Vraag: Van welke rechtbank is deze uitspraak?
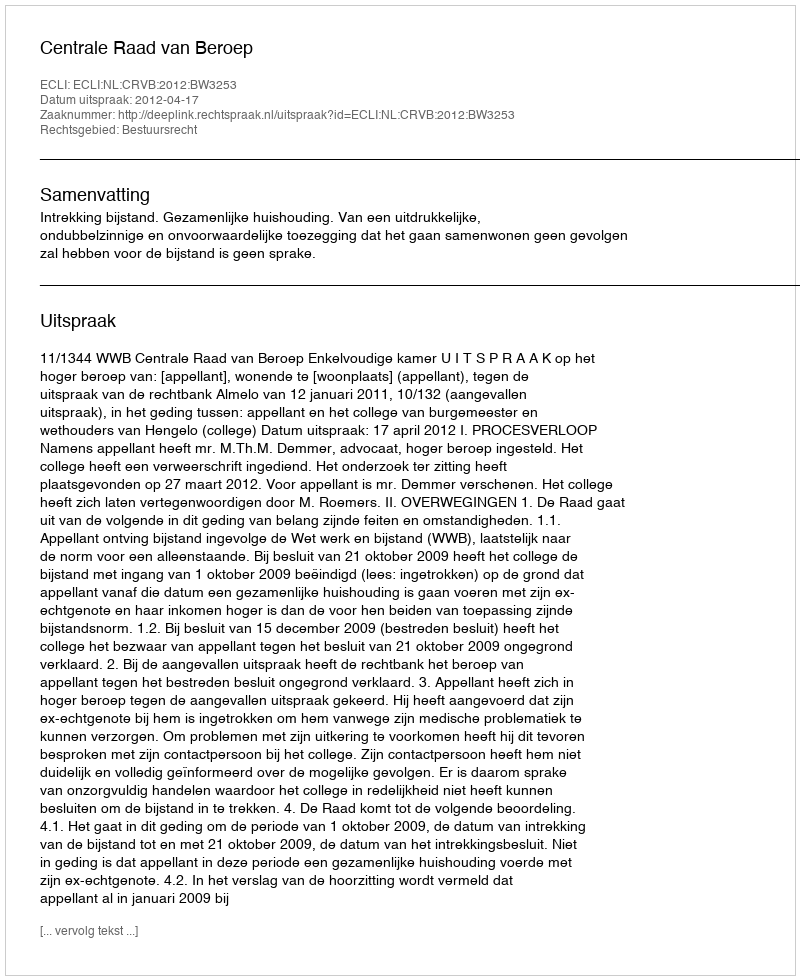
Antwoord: Centrale Raad van Beroep